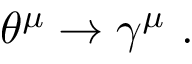
\theta ^ { \mu } \rightarrow \gamma ^ { \mu } \ .